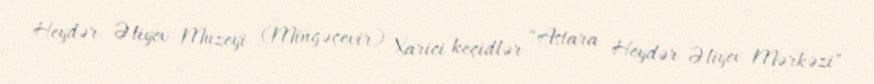
Heydər Əliyev Muzeyi (Mingəçevir) Xarici keçidlər "Astara Heydər Əliyev Mərkəzi"